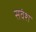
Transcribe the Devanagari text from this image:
सवंश